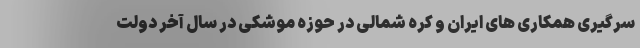
سرگیری همکاری های ایران و کره شمالی در حوزه موشکی در سال آخر دولت